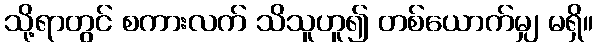
သို့ရာတွင် စကားလက် သိသူဟူ၍ တစ်ယောက်မျှ မရှိ။